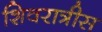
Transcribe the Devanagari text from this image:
शिवरात्रीस